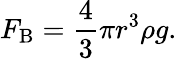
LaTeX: F_{\mathrm{B}}={\frac{4}{3}}\pi r^{3}\rho g.